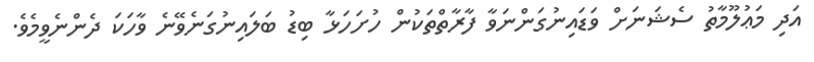
އަދި މަޢުލޫމާތު ސެޝަނަށް ވަޑައިނުގަންނަވާ ފާރާތްތަކުން ހުށަހަޅާ ބިޑު ބަލައިނުގަނެވޭނެ ވާހަކަ ދެންނެވީމެވެ.